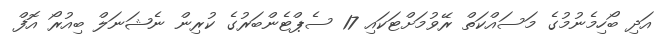
އަދި ބޯހިމެނުމުގެ މަސައްކަތް ރޭވުމަށްޓަކައި 17 ސެޕްޓެންބަރުގެ ކުރިން ނެޝަނަލް ބިއުރޯ އޮފް